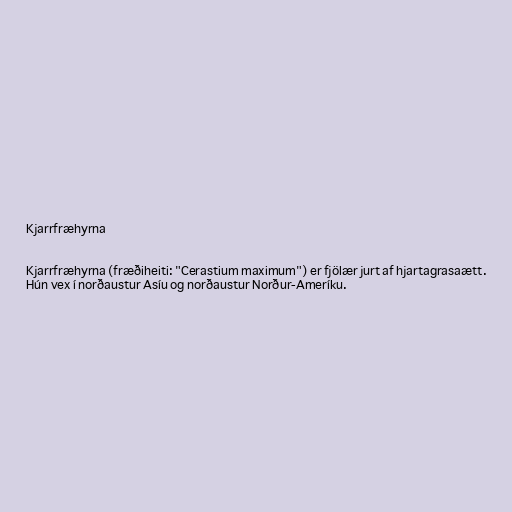
Kjarrfræhyrna

Kjarrfræhyrna (fræðiheiti: "Cerastium maximum") er fjölær jurt af hjartagrasaætt.
Hún vex í norðaustur Asíu og norðaustur Norður-Ameríku.